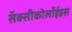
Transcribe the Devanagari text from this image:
सॅक्सीकोलॉईडस